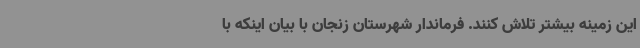
این زمینه بیشتر تلاش کنند. فرماندار شهرستان زنجان با بیان اینکه با